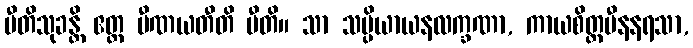
ပီတိသုခန္တိ ဧတ္ထ ပီဏယတီတိ ပီတိ။ သာ သမ္ပိယာယနလက္ခဏာ, ကာယစိတ္တပီနနရသာ,